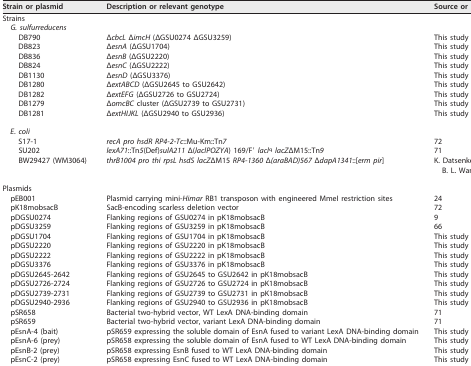
<table><thead><tr><td><b>Strain or plasmid</b></td><td><b>Description or relevant genotype</b></td><td><b>Source or reference</b></td></tr></thead><tbody><tr><td>Strains</td><td></td><td></td></tr><tr><td>G. sulfurreducens</td><td></td><td></td></tr><tr><td>DB790</td><td>Δ<i>cbcL</i> Δ<i>imcH</i> (ΔGSU0274 ΔGSU3259)</td><td>This study</td></tr><tr><td>DB823</td><td>Δ<i>esnA</i> (ΔGSU1704)</td><td>This study</td></tr><tr><td>DB836</td><td>Δ<i>esnB</i> (ΔGSU2220)</td><td>This study</td></tr><tr><td>DB824</td><td>Δ<i>esnC</i> (ΔGSU2222)</td><td>This study</td></tr><tr><td>DB1130</td><td>Δ<i>esnD</i> (ΔGSU3376)</td><td>This study</td></tr><tr><td>DB1280</td><td>Δ<i>extABCD</i> (ΔGSU2645 to GSU2642)</td><td>This study</td></tr><tr><td>DB1282</td><td>Δ<i>extEFG</i> (ΔGSU2726 to GSU2724)</td><td>This study</td></tr><tr><td>DB1279</td><td>Δ<i>omcBC</i> cluster (ΔGSU2739 to GSU2731)</td><td>This study</td></tr><tr><td>DB1281</td><td>Δ<i>extHIJKL</i> (ΔGSU2940 to GSU2936)</td><td>This study</td></tr><tr><td>E. coli</td><td></td><td></td></tr><tr><td>S17-1</td><td><i>recA pro hsdR RP4-2-Tc</i>::Mu-Km::Tn<i>7</i></td><td>72</td></tr><tr><td>SU202</td><td><i>lexA71</i>::Tn<i>5</i>(Def)<i>sulA211</i> Δ(<i>laclPOZYA</i>) 169/F′ <i>lacl</i><sup>q</sup><i>lacZ</i>ΔM15::Tn<i>9</i></td><td>71</td></tr><tr><td>BW29427 (WM3064)</td><td><i>thrB1004 pro thi rpsL hsdS lacZ</i>ΔM15 <i>RP4-1360</i> Δ<i>(araBAD)567</i> Δ<i>dapA1341</i>::[<i>erm pir</i>]</td><td>K. Datsenko and B. L. Wanner</td></tr><tr><td>Plasmids</td><td></td><td></td></tr><tr><td>pEB001</td><td>Plasmid carrying mini-<i>Himar</i> RB1 transposon with engineered MmeI restriction sites</td><td>24</td></tr><tr><td>pK18mobsacB</td><td>SacB-encoding scarless deletion vector</td><td>72</td></tr><tr><td>pDGSU0274</td><td>Flanking regions of GSU0274 in pK18mobsacB</td><td>9</td></tr><tr><td>pDGSU3259</td><td>Flanking regions of GSU3259 in pK18mobsacB</td><td>66</td></tr><tr><td>pDGSU1704</td><td>Flanking regions of GSU1704 in pK18mobsacB</td><td>This study</td></tr><tr><td>pDGSU2220</td><td>Flanking regions of GSU2220 in pK18mobsacB</td><td>This study</td></tr><tr><td>pDGSU2222</td><td>Flanking regions of GSU2222 in pK18mobsacB</td><td>This study</td></tr><tr><td>pDGSU3376</td><td>Flanking regions of GSU3376 in pK18mobsacB</td><td>This study</td></tr><tr><td>pDGSU2645-2642</td><td>Flanking regions of GSU2645 to GSU2642 in pK18mobsacB</td><td>This study</td></tr><tr><td>pDGSU2726-2724</td><td>Flanking regions of GSU2726 to GSU2724 in pK18mobsacB</td><td>This study</td></tr><tr><td>pDGSU2739-2731</td><td>Flanking regions of GSU2739 to GSU2731 in pK18mobsacB</td><td>This study</td></tr><tr><td>pDGSU2940-2936</td><td>Flanking regions of GSU2940 to GSU2936 in pK18mobsacB</td><td>This study</td></tr><tr><td>pSR658</td><td>Bacterial two-hybrid vector, WT LexA DNA-binding domain</td><td>71</td></tr><tr><td>pSR659</td><td>Bacterial two-hybrid vector, variant LexA DNA-binding domain</td><td>71</td></tr><tr><td>pEsnA-4 (bait)</td><td>pSR659 expressing the soluble domain of EsnA fused to variant LexA DNA-binding domain</td><td>This study</td></tr><tr><td>pEsnA-6 (prey)</td><td>pSR658 expressing the soluble domain of EsnA fused to WT LexA DNA-binding domain</td><td>This study</td></tr><tr><td>pEsnB-2 (prey)</td><td>pSR658 expressing EsnB fused to WT LexA DNA-binding domain</td><td>This study</td></tr><tr><td>pEsnC-2 (prey)</td><td>pSR658 expressing EsnC fused to WT LexA DNA-binding domain</td><td>This study</td></tr></tbody></table>